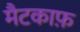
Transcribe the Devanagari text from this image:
मैटकाफ़